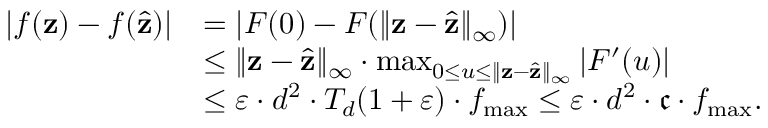
\begin{array} { r l } { | f ( \mathbf { z } ) - f ( \widehat \mathbf { z } ) | } & { = | F ( 0 ) - F ( \| \mathbf { z } - \widehat \mathbf { z } \| _ { \infty } ) | } \\ & { \leq \| \mathbf { z } - \widehat \mathbf { z } \| _ { \infty } \cdot \operatorname* { m a x } _ { 0 \leq u \leq \| \mathbf { z } - \widehat \mathbf { z } \| _ { \infty } } | F ^ { \prime } ( u ) | } \\ & { \leq \varepsilon \cdot d ^ { 2 } \cdot T _ { d } ( 1 + \varepsilon ) \cdot f _ { \operatorname* { m a x } } \leq \varepsilon \cdot d ^ { 2 } \cdot \mathfrak { c } \cdot f _ { \operatorname* { m a x } } . } \end{array}